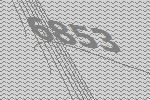
6853